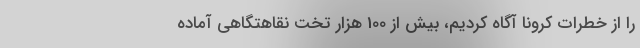
را از خطرات کرونا آگاه کردیم، بیش از 100 هزار تخت نقاهتگاهی آماده